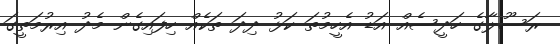
ރަސޫލާގެ ހަދީސެއް އަޑު އެހީމުތަ ކަޅު ދިދަ ތަކެއް ހިފައިގެން މެދު އިރުމަތީގަ